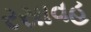
રસાવહ